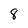
Character: 8